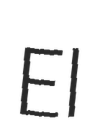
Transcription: El